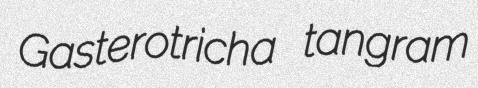
Gasterotricha tangram